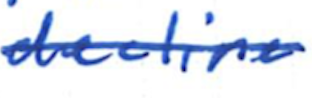
Text: decline
Cross-out: single-line
Writing tool: ballpoint